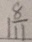
1 \frac { 8 } { 1 1 }